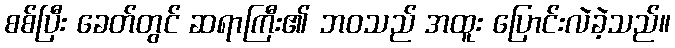
စစ်ပြီး ခေတ်တွင် ဆရာကြီး၏ ဘဝသည် အထူး ပြောင်းလဲခဲ့သည်။